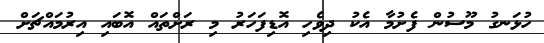
ހުޅަނގު މޫސުން ފެށުމާ އެކު ދިވެހި އޮޑިފަހަރު މި ރަށްތައް އޮބައި އިރުމައްޗަށް